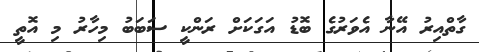
ގާތްއިރު އޭނާ އެވަރުގެ ބޮޑު އަގަކަށް ރަންކީ ސަބަބު މިހާރު މި އޮތީ